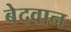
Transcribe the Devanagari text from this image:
बेदवान